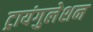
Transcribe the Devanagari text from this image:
ट्रायंगुलेशन